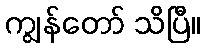
ကျွန်တော် သိပြီ။